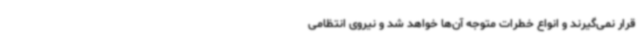
قرار نمی‌گیرند و انواع خطرات متوجه آن‌ها خواهد شد و نیروی انتظامی